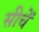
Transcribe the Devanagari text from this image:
सीचें